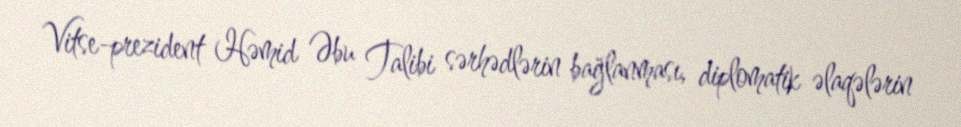
Vitse-prezident Həmid Əbu Talibi sərhədlərin bağlanması, diplomatik əlaqələrin